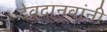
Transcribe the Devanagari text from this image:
देवदानवांनी